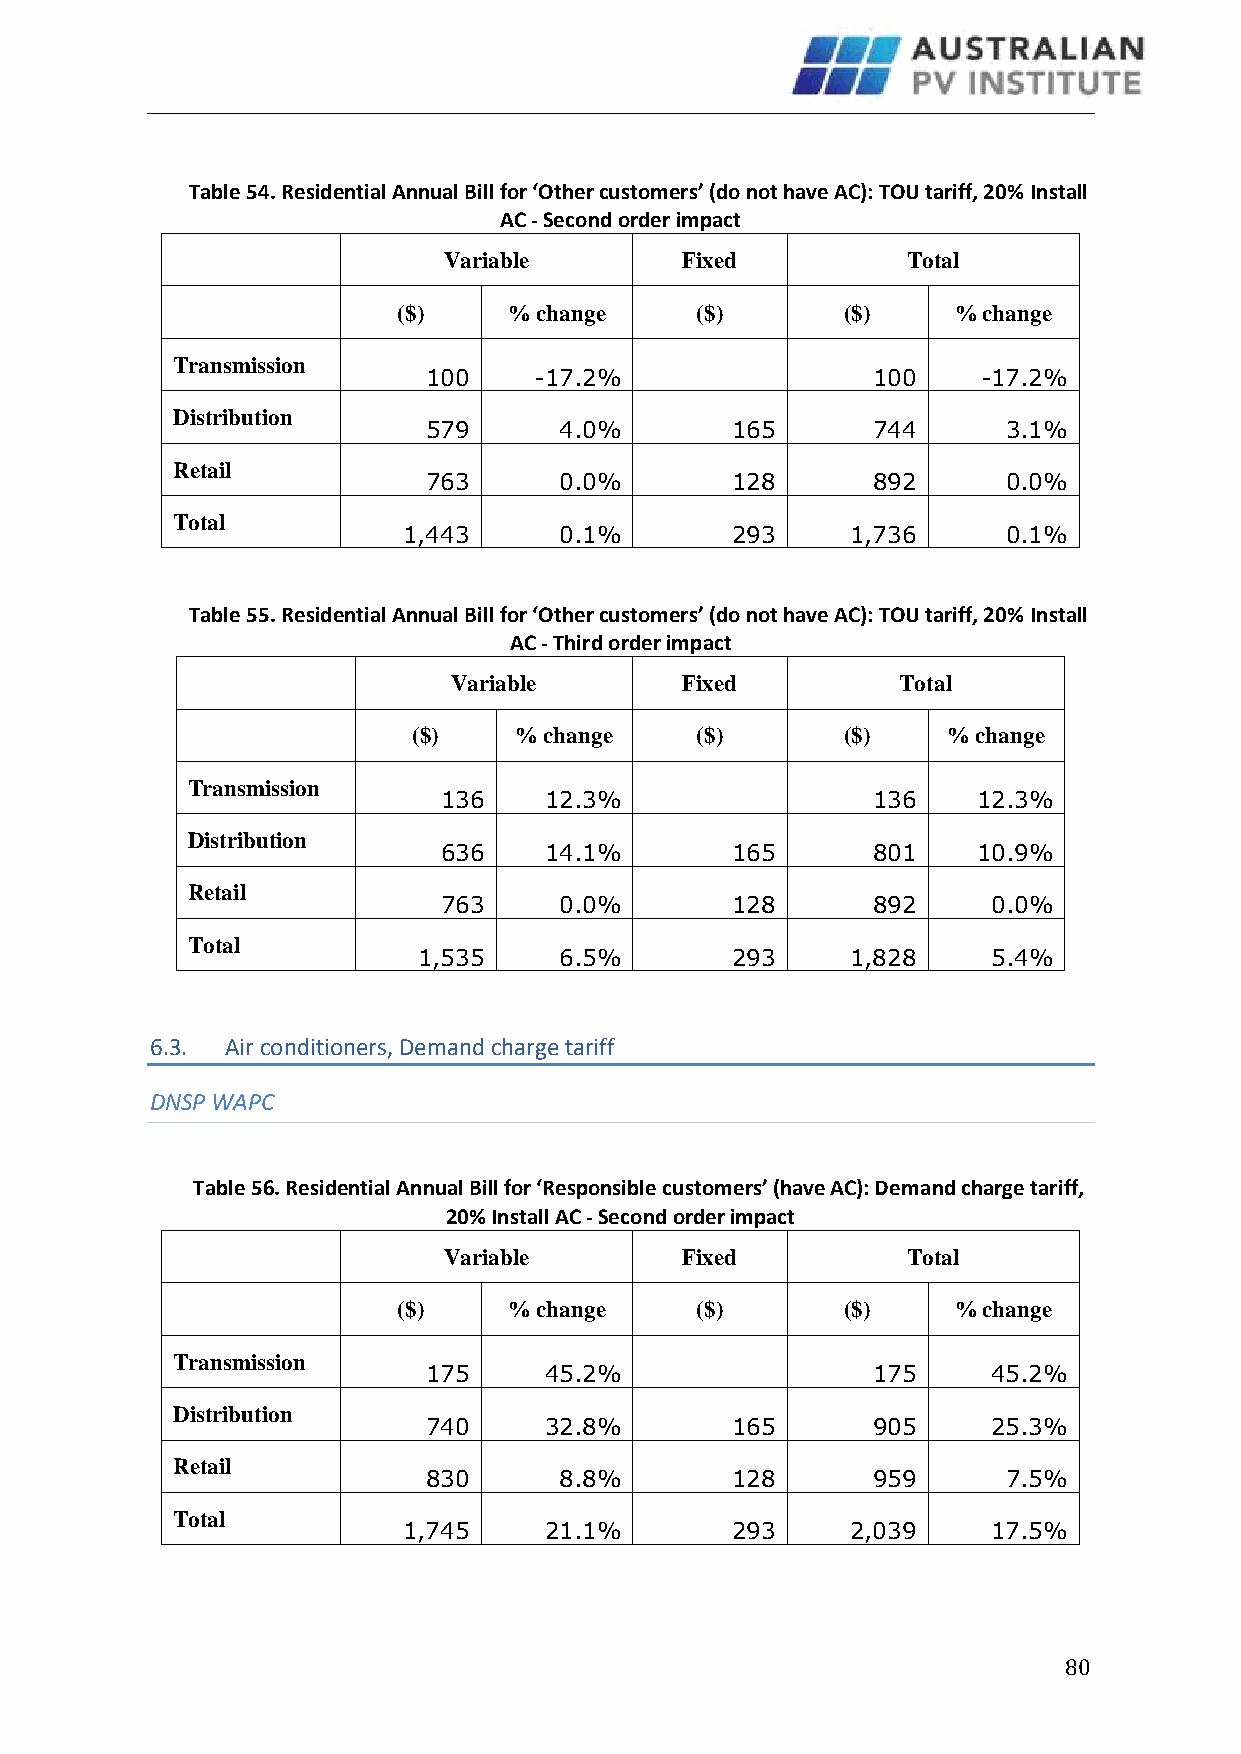
Table 54. Residential Annual Bill for ‘Other customers’ (do not have AC): TOU tariff, 20% Install
 AC - Second order impact
 Variable        Fixed          Total
 ($)     % change    ($)       ($)    % change
 Transmission
 100    -17.2%                 100    -17.2%
 Distribution
 579      4.0%       165       744      3.1%
 Retail
 763      0.0%       128       892      0.0%
 Total
 1,443     0.1%       293     1,736      0.1%
 Table 55. Residential Annual Bill for ‘Other customers’ (do not have AC): TOU tariff, 20% Install
 AC - Third order impact
 Variable       Fixed          Total
 ($)    % change    ($)       ($)    % change
 Transmission
 136    12.3%                 136    12.3%
 Distribution
 636    14.1%       165       801    10.9%
 Retail
 763     0.0%       128       892     0.0%
 Total
 1,535    6.5%       293     1,828     5.4%
 6.3. Air conditioners, Demand charge tariff
 DNSP WAPC
 Table 56. Residential Annual Bill for ‘Responsible customers’ (have AC): Demand charge tariff,
 20% Install AC - Second order impact
 Variable        Fixed          Total
 ($)     % change    ($)       ($)    % change
 Transmission
 175     45.2%                 175     45.2%
 Distribution
 740     32.8%       165       905     25.3%
 Retail
 830      8.8%       128       959      7.5%
 Total
 1,745    21.1%       293     2,039     17.5%
 80